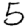
Digit: 5